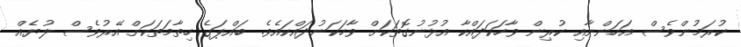
ކުރަމުންވެސް އަހަންނާއި ކުރިން ވާހަކަދައްކާ އުޅުނުގޮތަކަށް ވާހަކަނުދައްކައެވެ. ބައްޕަގެ ހިތާމަތަކަށް އޭރުވެސް ލުޔެއް